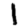
Digit: 1